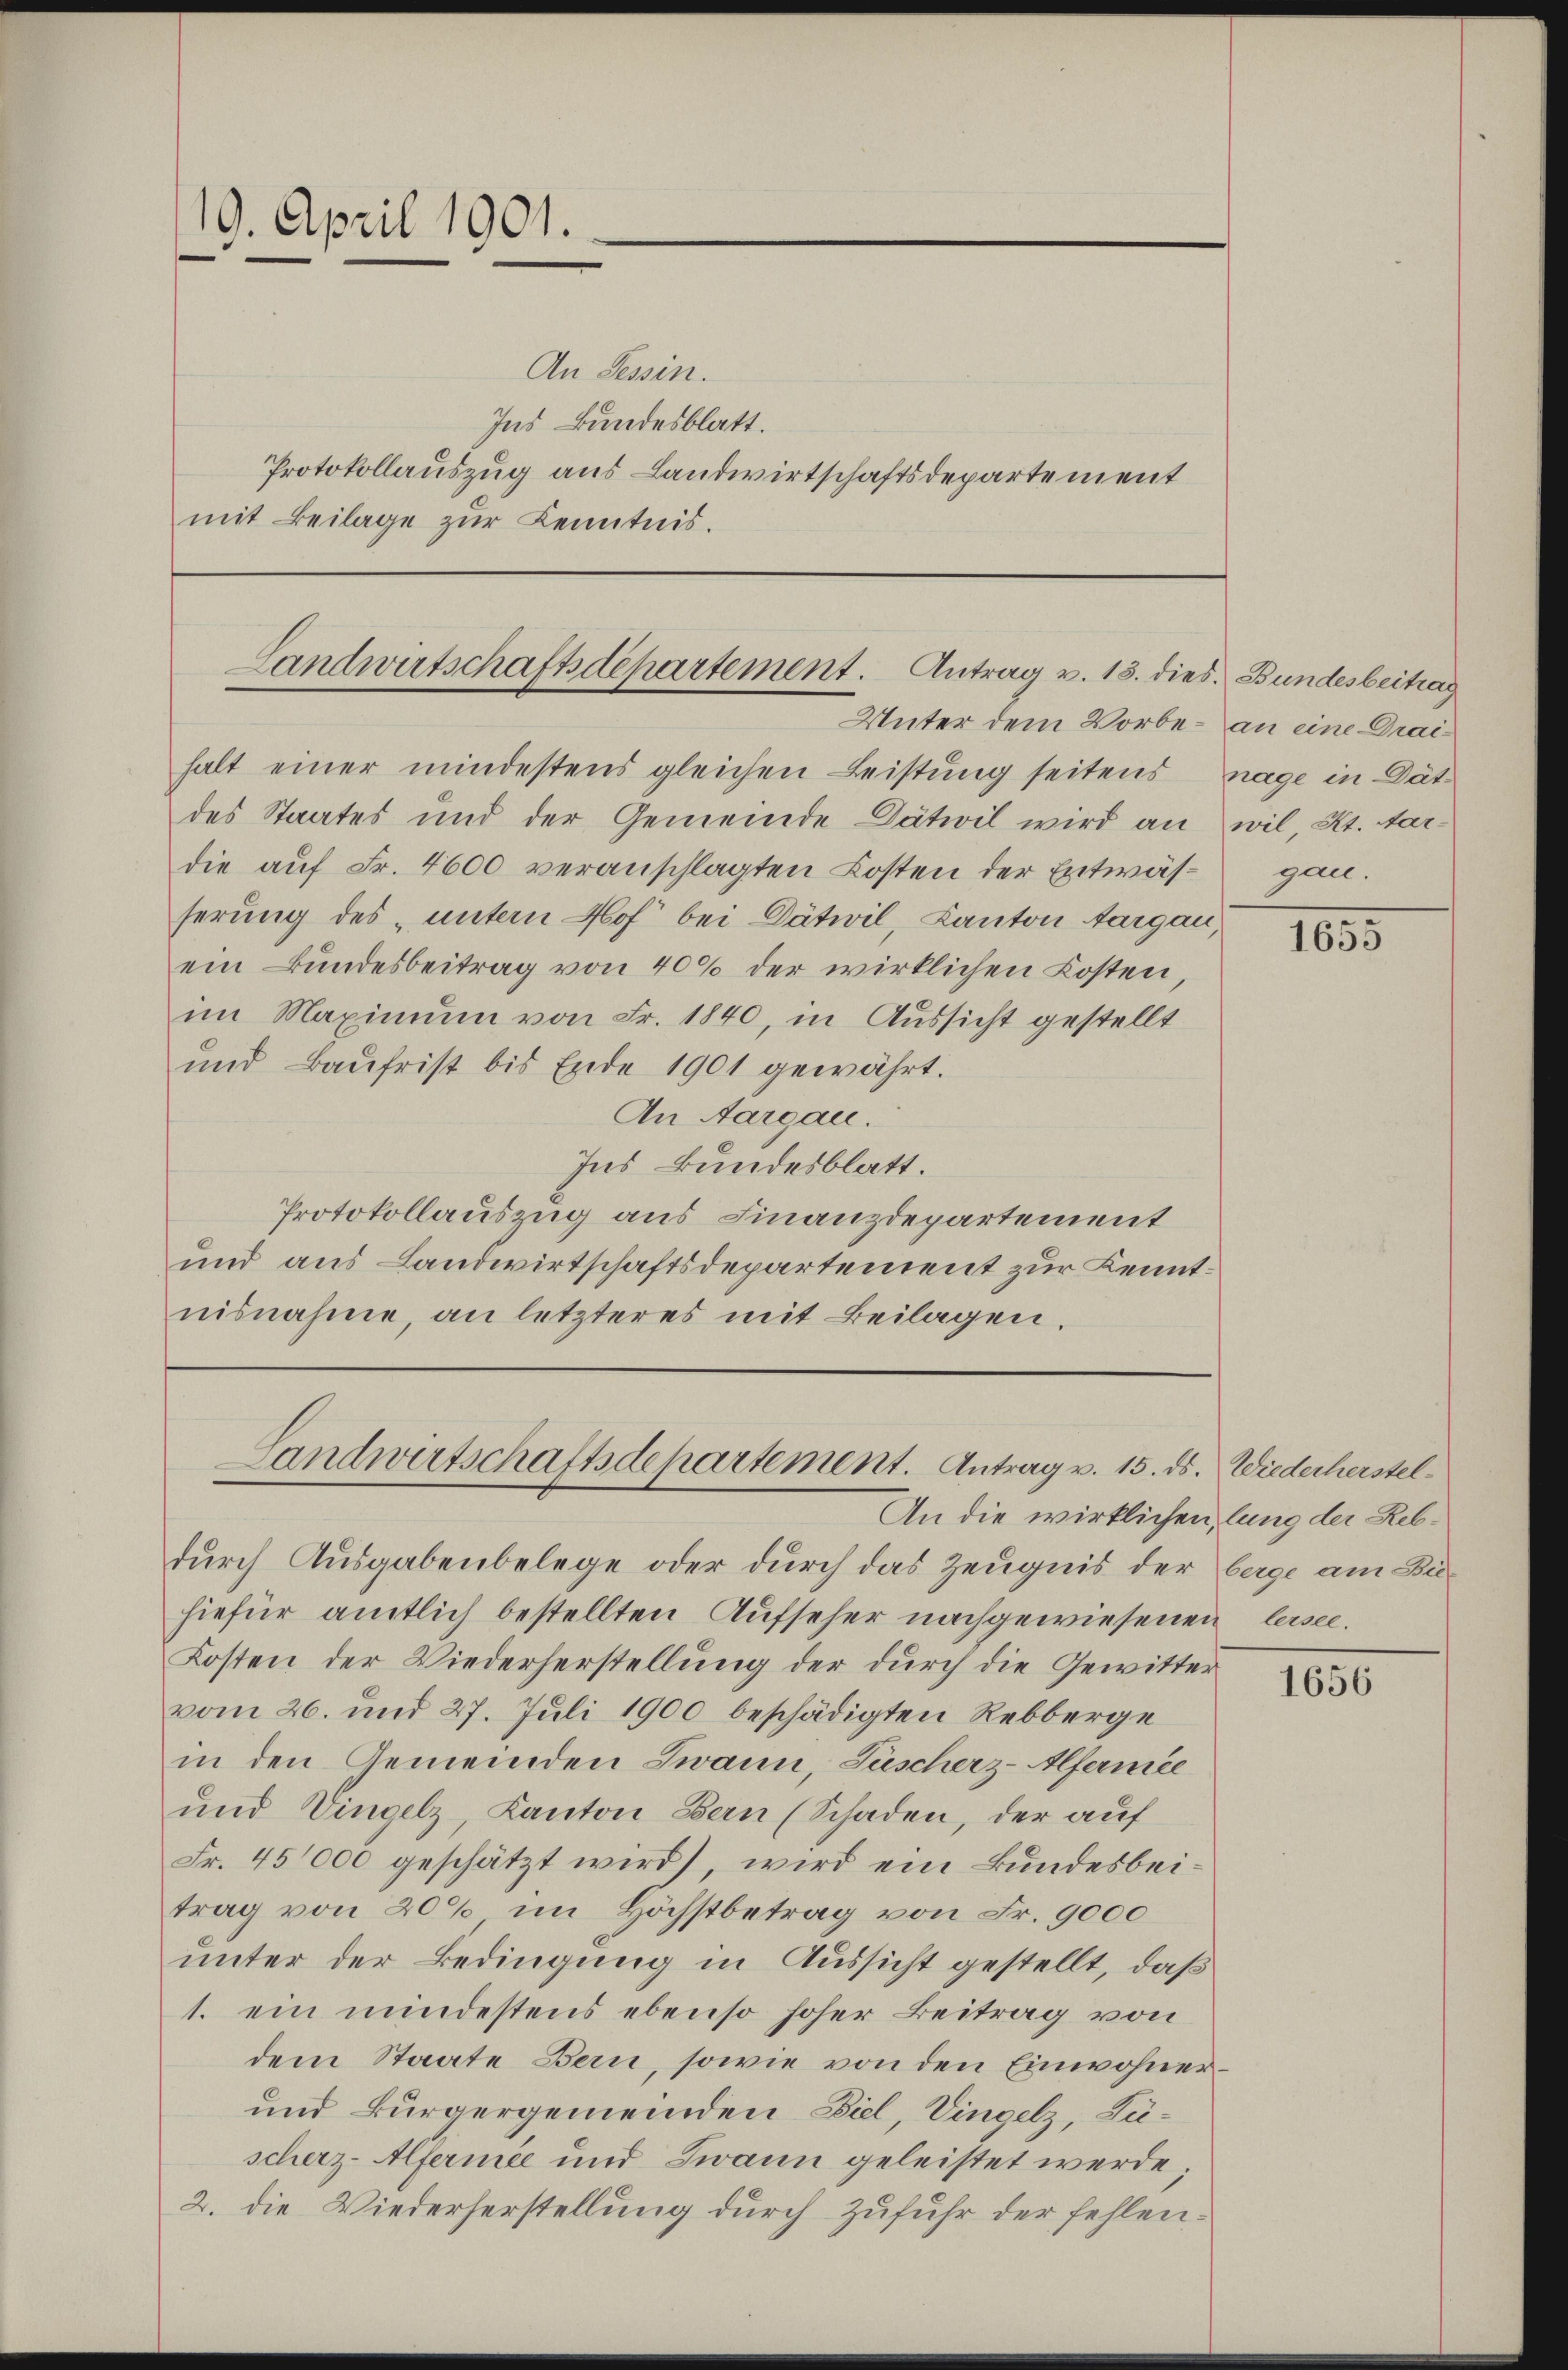
19. April 1901.

An Tessin.
Ins Bundesblatt.
Protokollauszug aus Landwirtschaftsdepartement
mit Beilage zŭr Kenntnis.

Landwirtschaftsdepartement. Antrag v. 18. dies. Bundesbeitrag

Unter dem Vorbe- an eine Draihalt einer mindestens gleichen Leistung seitens nage in Dät-
des Staates und der Gemeinde Dätiil wird an wil, Kt. Aar-
die auf Fr. 4600 veranschlagten Kosten der Entwäs¬ gan.
serung des „unten Hof bei Dätwil, Canton Aargau,
ein Bundesbeitrag von 40% der wirklichen Kosten,
im Maximum von Fr. 1840, in Aussicht gestellt
und Baufrist bis Ende 1901 gewährt.
An Aargau.
Ins Bundesblatt.
Protokollauszug aus Finanzdepartement
und aus Landwirtschaftsdepartement zur Kenntnisnahme, an letzteres mit Beilagen.

Landwirtschaftsdepartement. Antrag v. 15. ds. Wiederherstel¬

An die wirklichen, lung der Rebdurch Ausgabenbelege oder durch das Zeugnis der
hiefür amtlich bestellten Aufseher nachgewiesenen lesen.
Kosten der Wiederherstellung der durch die Gewitter
vom 26. und 27. Juli 1900 beschädigten Rebberge
in den Gemeinden Zwann, Füscherz-Alfermée
und Vingelz, Kanton Bern (Schaden, der auf
Fr. 45000 geschätzt wird), wird ein Bundesbeitrag von 20% im Höchstbetrag von Fr. 9000
unter der Bedingung in Aussicht gestellt, daß
1. ein mindestens ebenso hoher Beitrag von
dem Staate Bern, sowie von den Einwohner¬
und Bürgergemeinden Ziel, Vingelz, Füscherz-Alfermée und Zwann geleistet werde;
2. die Wiederherstellung durch Zufuhr der fehlen¬

1655

berge am Bie¬

1656